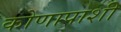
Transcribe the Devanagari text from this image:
कोणापाशी